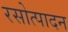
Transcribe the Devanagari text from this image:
रसोत्पादन